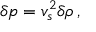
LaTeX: \delta p = v _ { s } ^ { 2 } \delta \rho \, ,